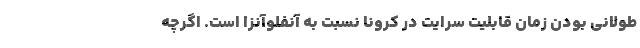
طولانی بودن زمان قابلیت سرایت در کرونا نسبت به آنفلوآنزا است. اگرچه